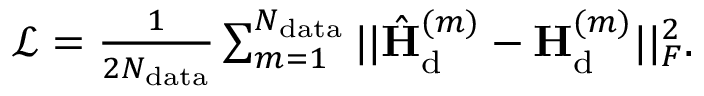
\begin{array} { r } { \mathcal { L } = \frac { 1 } { 2 N _ { \mathrm { d a t a } } } \sum _ { m = 1 } ^ { N _ { \mathrm { d a t a } } } | | \hat { { \mathbf { H } } } _ { \mathrm { d } } ^ { ( m ) } - { \mathbf { H } } _ { \mathrm { d } } ^ { ( m ) } | | _ { F } ^ { 2 } . } \end{array}